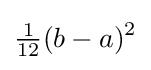
{\tfrac {1}{12}}(b-a)^{2}